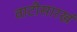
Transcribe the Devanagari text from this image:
वाटीसारखं